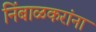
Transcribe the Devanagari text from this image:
निंबाळकरांना